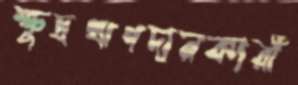
ক্ষুদ্রঋণদানকারী